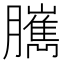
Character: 𦢥